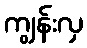
ကျွန်းလှ